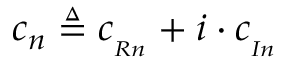
c _ { n } \triangleq c _ { _ { R n } } + i \cdot c _ { _ { I n } }